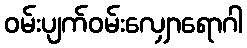
ဝမ်းပျက်ဝမ်းလျှောရောဂါ